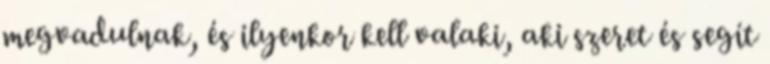
megvadulnak, és ilyenkor kell valaki, aki szeret és segít